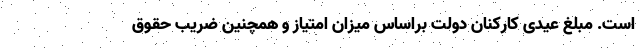
است. مبلغ عیدی کارکنان دولت براساس میزان امتیاز و همچنین ضریب حقوق